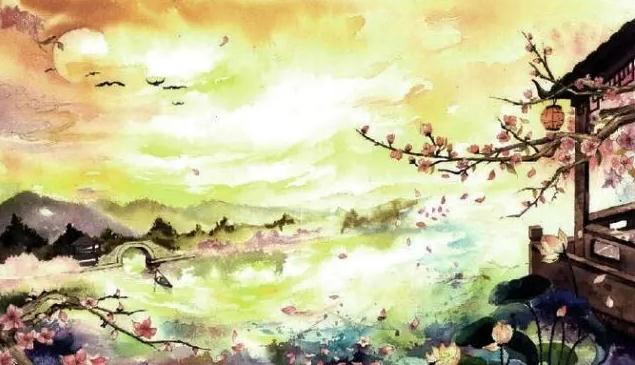
晚日金陵岸草平，落霞明，水无情。